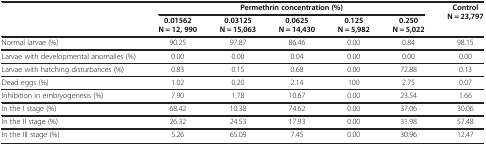
| <ROWSPAN=2>  | <COLSPAN=5> Permethrin concentration (%) | <ROWSPAN=2> Control N = 23,797 |
 | 0.01562 N = 12, 990 | 0.03125 N = 15,063 | 0.0625 N = 14,430 | 0.125 N = 5,982 | 0.250 N = 5,022 |
 | --- | --- | --- | --- | --- | --- | --- |
 | Normal larvae (%) | 90.25 | 97.87 | 86.46 | 0.00 | 0.84 | 98.15 |
 | Larvae with developmental anomalies (%) | 0.00 | 0.00 | 0.04 | 0.00 | 0.00 | 0.00 |
 | Larvae with hatching disturbances (%) | 0.83 | 0.15 | 0.68 | 0.00 | 72.88 | 0.13 |
 | Dead eggs (%) | 1.02 | 0.20 | 2.14 | 100 | 2.75 | 0.07 |
 | Inhibition in embryogenesis (%) | 7.90 | 1.78 | 10.67 | 0.00 | 23.54 | 1.66 |
 | In the I stage (%) | 68.42 | 10.38 | 74.62 | 0.00 | 37.06 | 30.06 |
 | In the II stage (%) | 26.32 | 24.53 | 17.93 | 0.00 | 31.98 | 57.48 |
 | In the III stage (%) | 5.26 | 65.09 | 7.45 | 0.00 | 30.96 | 12.47 |